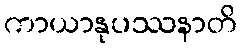
ကာယာနုပဿနာတိ